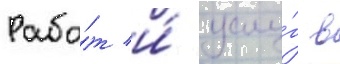
Рабо́т и́ услу́г в